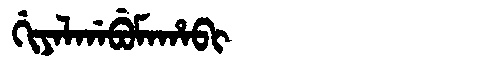
Manchu: ᡤᡳᠶᠠᠯᡤᠠᠪᡠᠮᠠᡥᠠᠪᡳ
Romanization: GIYALGABUMAHABI